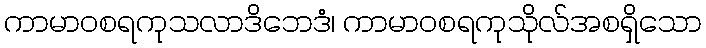
ကာမာဝစရကုသလာဒိဘေဒံ၊ ကာမာဝစရကုသိုလ်အစရှိသော